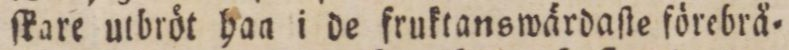
ſkare utbröt han i de fruktanswärdaſte förebrå=